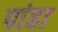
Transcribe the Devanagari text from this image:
पांहा